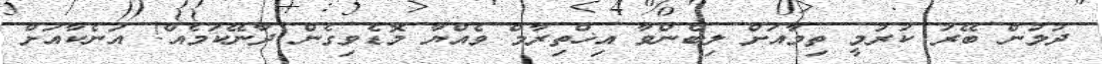
ދުލުން ބޭރު ކުރުމީ ތިމާއަށް ލިބެންވާ އިޚްތިރާމް ވެއްޔާ މޮޑެވިގެން ދާނޭކަމެއް! އަނެކާއަށް